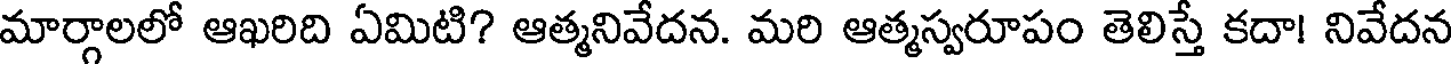
మార్గాలలో ఆఖరిది ఏమిటి? ఆత్మనివేదన. మరి ఆత్మస్వరూపం తెలిస్తే కదా! నివేదన